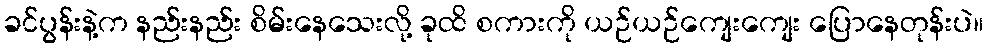
ခင်ပွန်းနဲ့က နည်းနည်း စိမ်းနေသေးလို့ ခုထိ စကားကို ယဉ်ယဉ်ကျေးကျေး ပြောနေတုန်းပဲ။